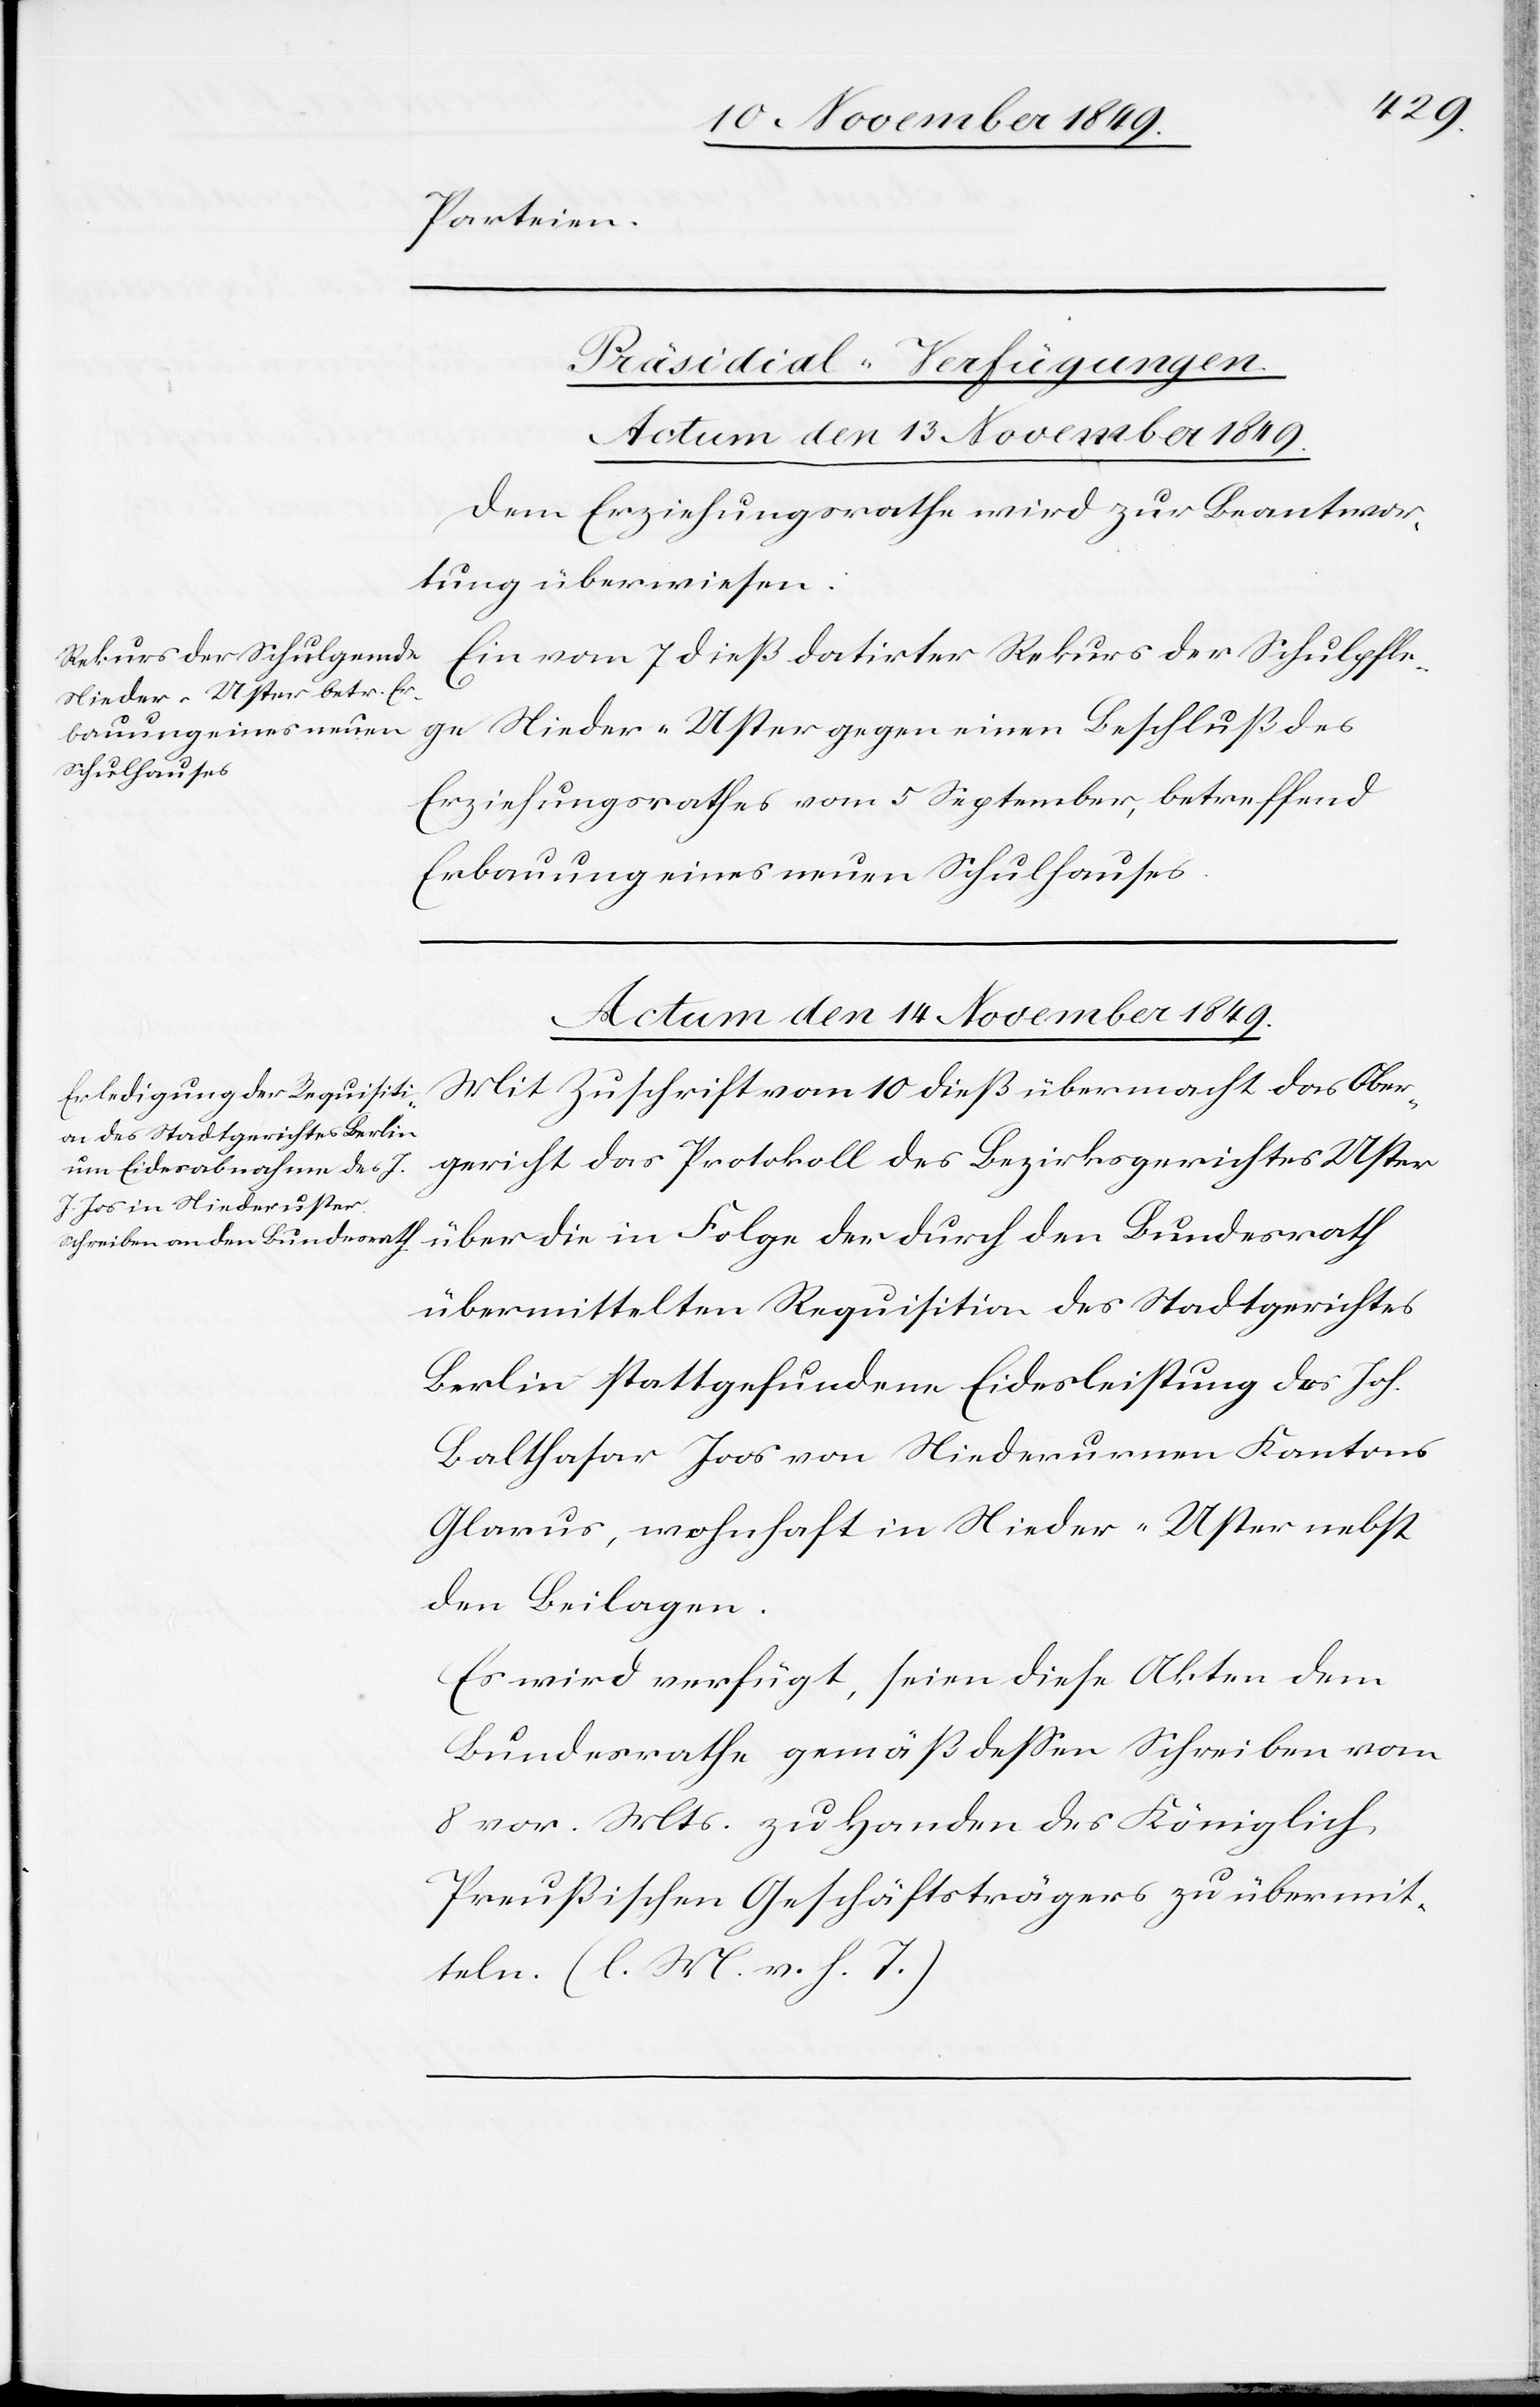
Parteien.
[Präsidial-Verfügungen.]
Actum den 13 November 1849.
Dem Erziehungsrathe wird zur Beantwor¬
tung überwiesen:
Ein vom 7 dieß datirter Rekurs der Schulpflege
Erziehungsrathes vom 5 September, betreffend
Erbauung eines neuen Schulhauses.
Actum den 14 November 1849.
Mit Zuschrift vom 10 dieß übermacht das Ober¬
gericht das Protokoll des Bezirksgerichtes Uster
übermittelten Requisition des Stadtgerichtes
Berlin stattgefundene Eidesleistung des Joh.
Balthasar Joos von Niederurnen Kantons
Glarus, wohnhaft in Nieder-Uster nebst
den Beilagen.
Es wird verfügt, seien diese Akten dem
Bundesrathe gemäß deßen Schreiben vom
8 vor. Mts. zu Handen des Königlich
Preußischen Geschäftsträgers zu übermit¬
teln. [l. M. v. h. T]